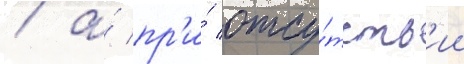
/ а́ пр'и́ отсу́тств'ии